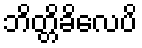
ဘိတ္တိခိလေပိ